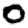
Digit: 0